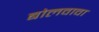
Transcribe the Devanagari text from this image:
बोलवावा